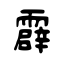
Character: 霹